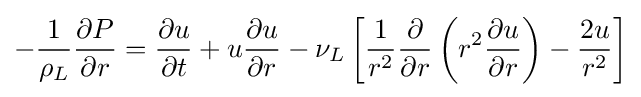
-{\frac {1}{\rho _{L}}}{\frac {\partial P}{\partial r}}={\frac {\partial u}{\partial t}}+u{\frac {\partial u}{\partial r}}-\nu _{L}\left[{\frac {1}{r^{2}}}{\frac {\partial }{\partial r}}\left(r^{2}{\frac {\partial u}{\partial r}}\right)-{\frac {2u}{r^{2}}}\right]